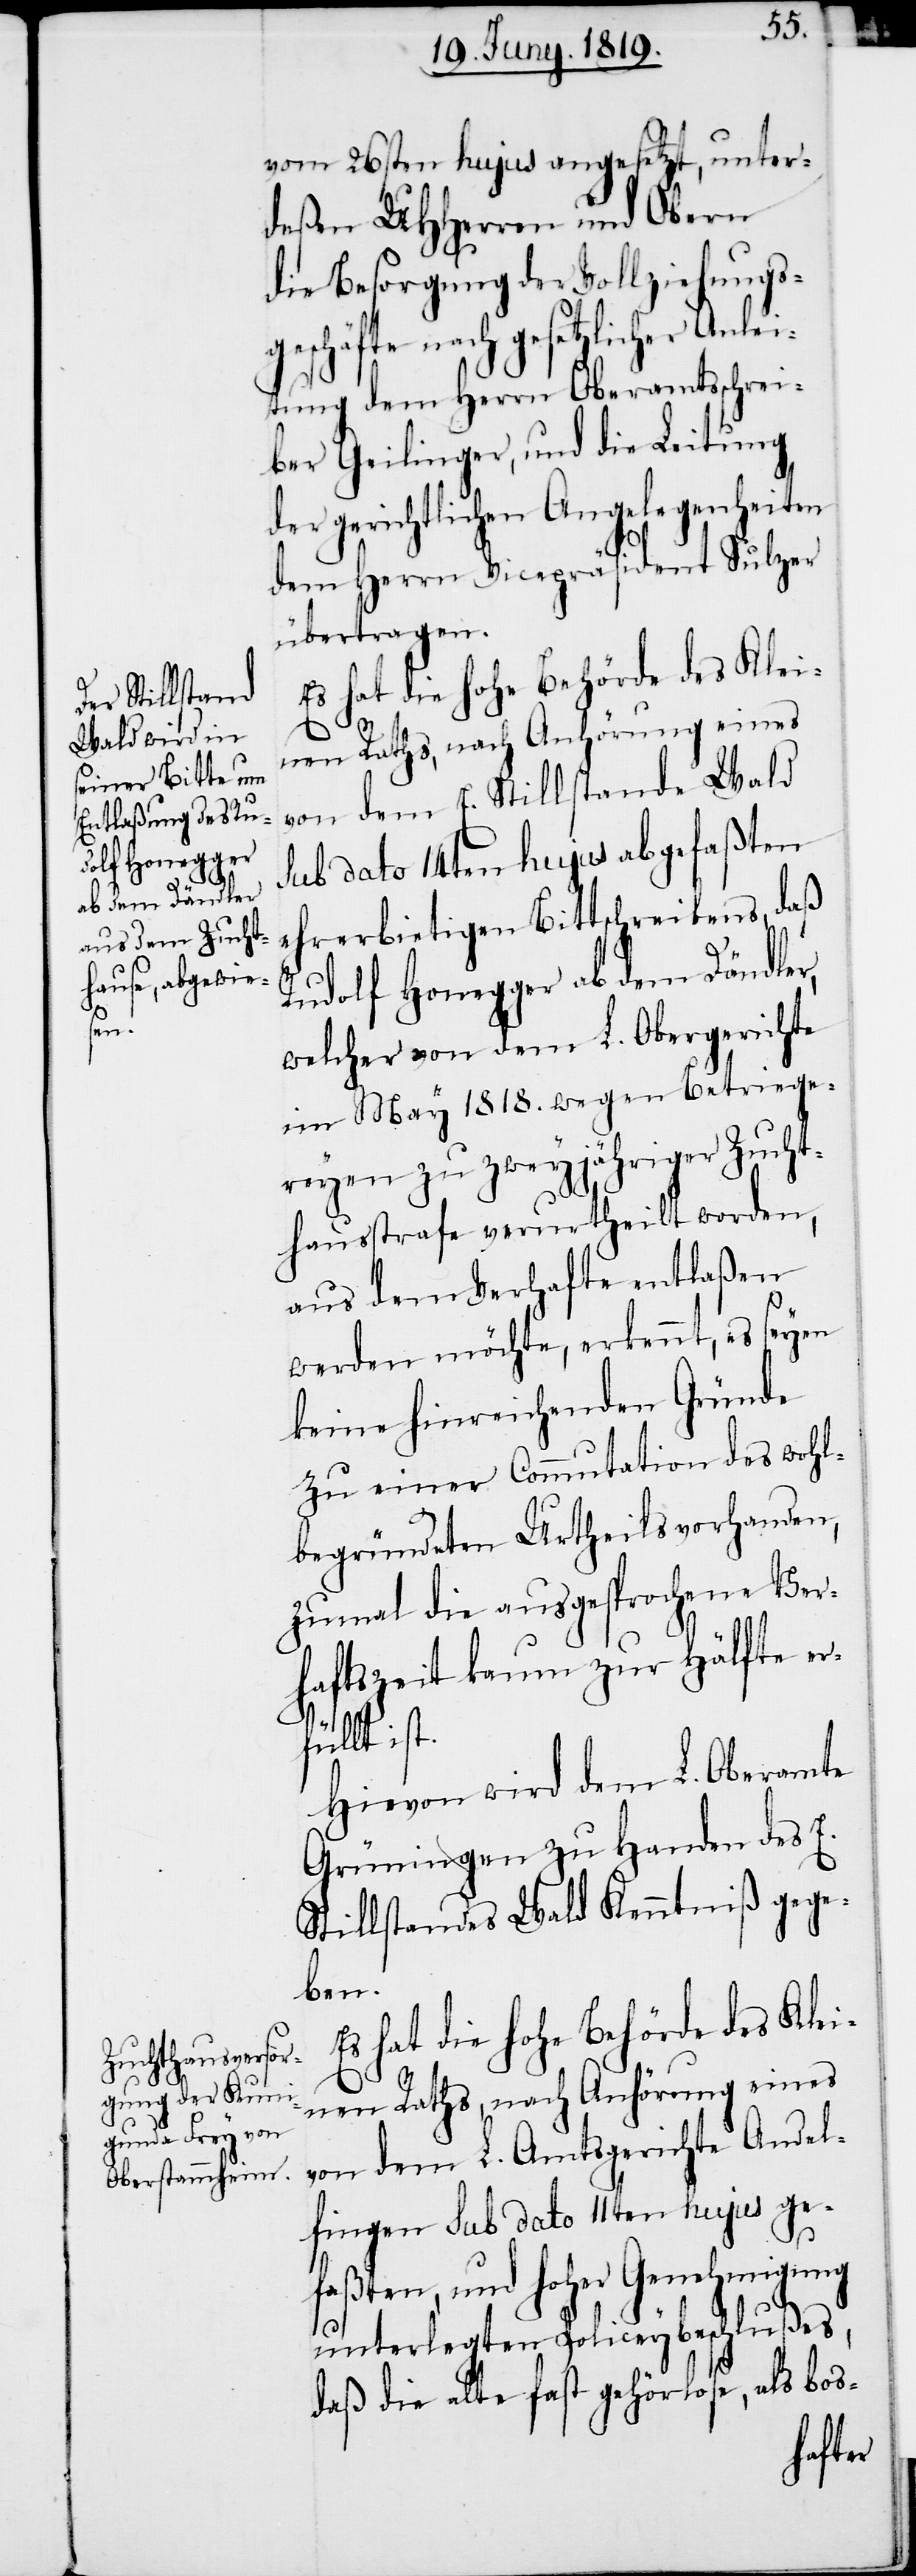
vom 26sten hujus angesetzt, unter¬
deßen UHHerren und Obern
die Besorgung der Vollziehungs¬
geschäfte nach gesetzlicher Anlei¬
tung dem Herrn Oberamtsschrei¬
ber Geilinger, und die Leitung
der gerichtlichen Angelegenheiten
dem Herrn Vicepräsident Sulzer
übertragen.
Es hat die hohe Behörde des Klei¬
nen Rathes, nach Anhörung eines
von dem E. Stillstande Wald
sub dato 14ten hujus abgefaßten
ehrerbietigen Bittschreibens, daß
Rudolf Honegger ab dem Dändler,
welcher von dem L. Obergerichte
im May 1818. wegen Betriege¬
reyen zu zweyjähriger Zucht¬
hausstrafe verurtheilt worden,
aus dem Verhafte entlaßen
werden möchte, erkennt, es seyen
keine hinreichenden Gründe
zu einer Commutation des wohl¬
begründeten Urtheils vorhanden,
zumal die ausgesprochene Ver¬
haftszeit kaum zur Hälfte er¬
füllt ist.
Hievon wird dem L. Oberamte
Grüningen zu Handen des E.
Stillstandes Wald Kenntniß gege¬
ben.
Es hat die hohe Behörde des Klei¬
nen Rathes, nach Anhörung eines
von dem L. Amtsgerichte Andel¬
fingen sub dato 11ten hujus ge¬
faßten, und hoher Genehmigung
unterlegten Policeybeschlußes,
daß die alte fast gehörlose, als bos-